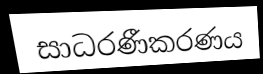
සාධරණීකරණය